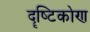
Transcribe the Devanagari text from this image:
दॄष्‍टिकोण